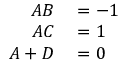
\begin{array} { r l } { A B } & { { } = - 1 } \\ { A C } & { { } = 1 } \\ { A + D } & { { } = 0 } \end{array}